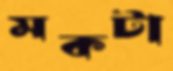
মকটা